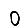
Digit: 0